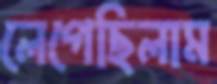
লেগেছিলাম